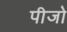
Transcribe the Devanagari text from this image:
पीजो